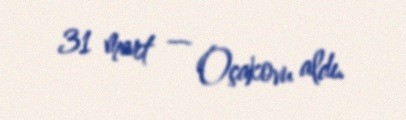
31 mart — Oçakovu aldı.